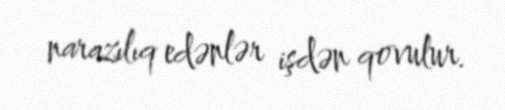
narazılıq edənlər işdən qovulur.